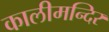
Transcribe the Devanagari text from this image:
कालीमन्दिर